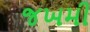
જખમી